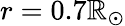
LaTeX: r=0.7\mathbb{R}_{\odot}